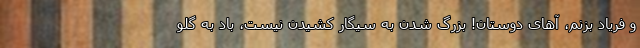
و فریاد بزنم، آهای دوستان! بزرگ شدن به سیگار کشیدن نیست، باد به گلو